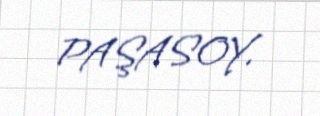
PAŞASOY.